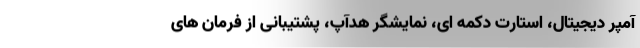
آمپر دیجیتال، استارت دکمه ای، نمایشگر هدآپ، پشتیبانی از فرمان های